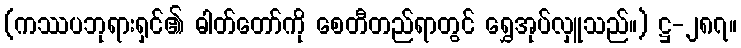
(ကဿပဘုရားရှင်၏ ဓါတ်တော်ကို စေတီတည်ရာတွင် ရွှေအုပ်လှူသည်။) ဋ္ဌ-၂၈၇။